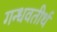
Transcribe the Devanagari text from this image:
गन्धवतीर्थ